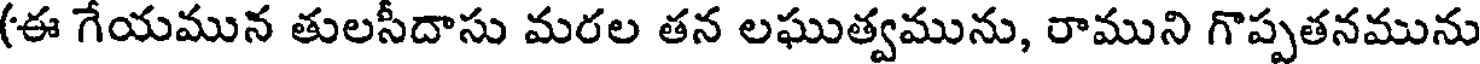
(ఈ గేయమున తులసీదాసు మరల తన లఘుత్వమును, రాముని గొప్పతనమును